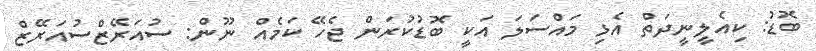
ބޮޑު: ކިއެލީނީދަތް އެޅި މައްސަލަ އަކީ ބޮޑުކުރަން ޖެހޭ ކަމެއް ނޫން: ސުއަރޭޒްސުއަރޭޒް